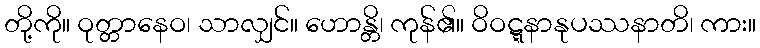
တို့ကို။ ဝုတ္တာနေဝ၊ သာလျှင်။ ဟောန္တိ၊ ကုန်၏။ ဝိဝဋ္ဋနာနုပဿနာတိ၊ ကား။